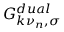
G _ { k \nu _ { n } , \sigma } ^ { d u a l }